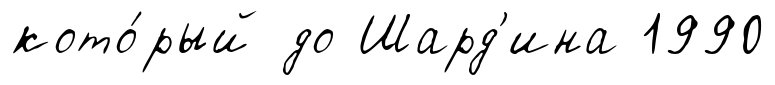
кото́рый до Шард'ина 1990